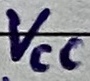
Text: VCC